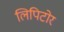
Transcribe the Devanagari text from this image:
लिपिटोर